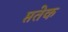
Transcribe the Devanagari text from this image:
प्ततेक